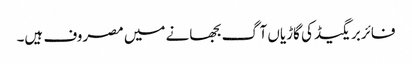
فائربریگیڈ کی گاڑیاں آگ بجھانے میں مصروف ہیں۔